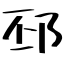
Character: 邳